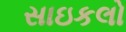
સાઇકલો